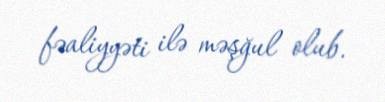
fəaliyyəti ilə məşğul olub.